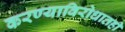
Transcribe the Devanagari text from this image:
करण्याविरोधातही